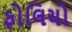
ફોલિયો